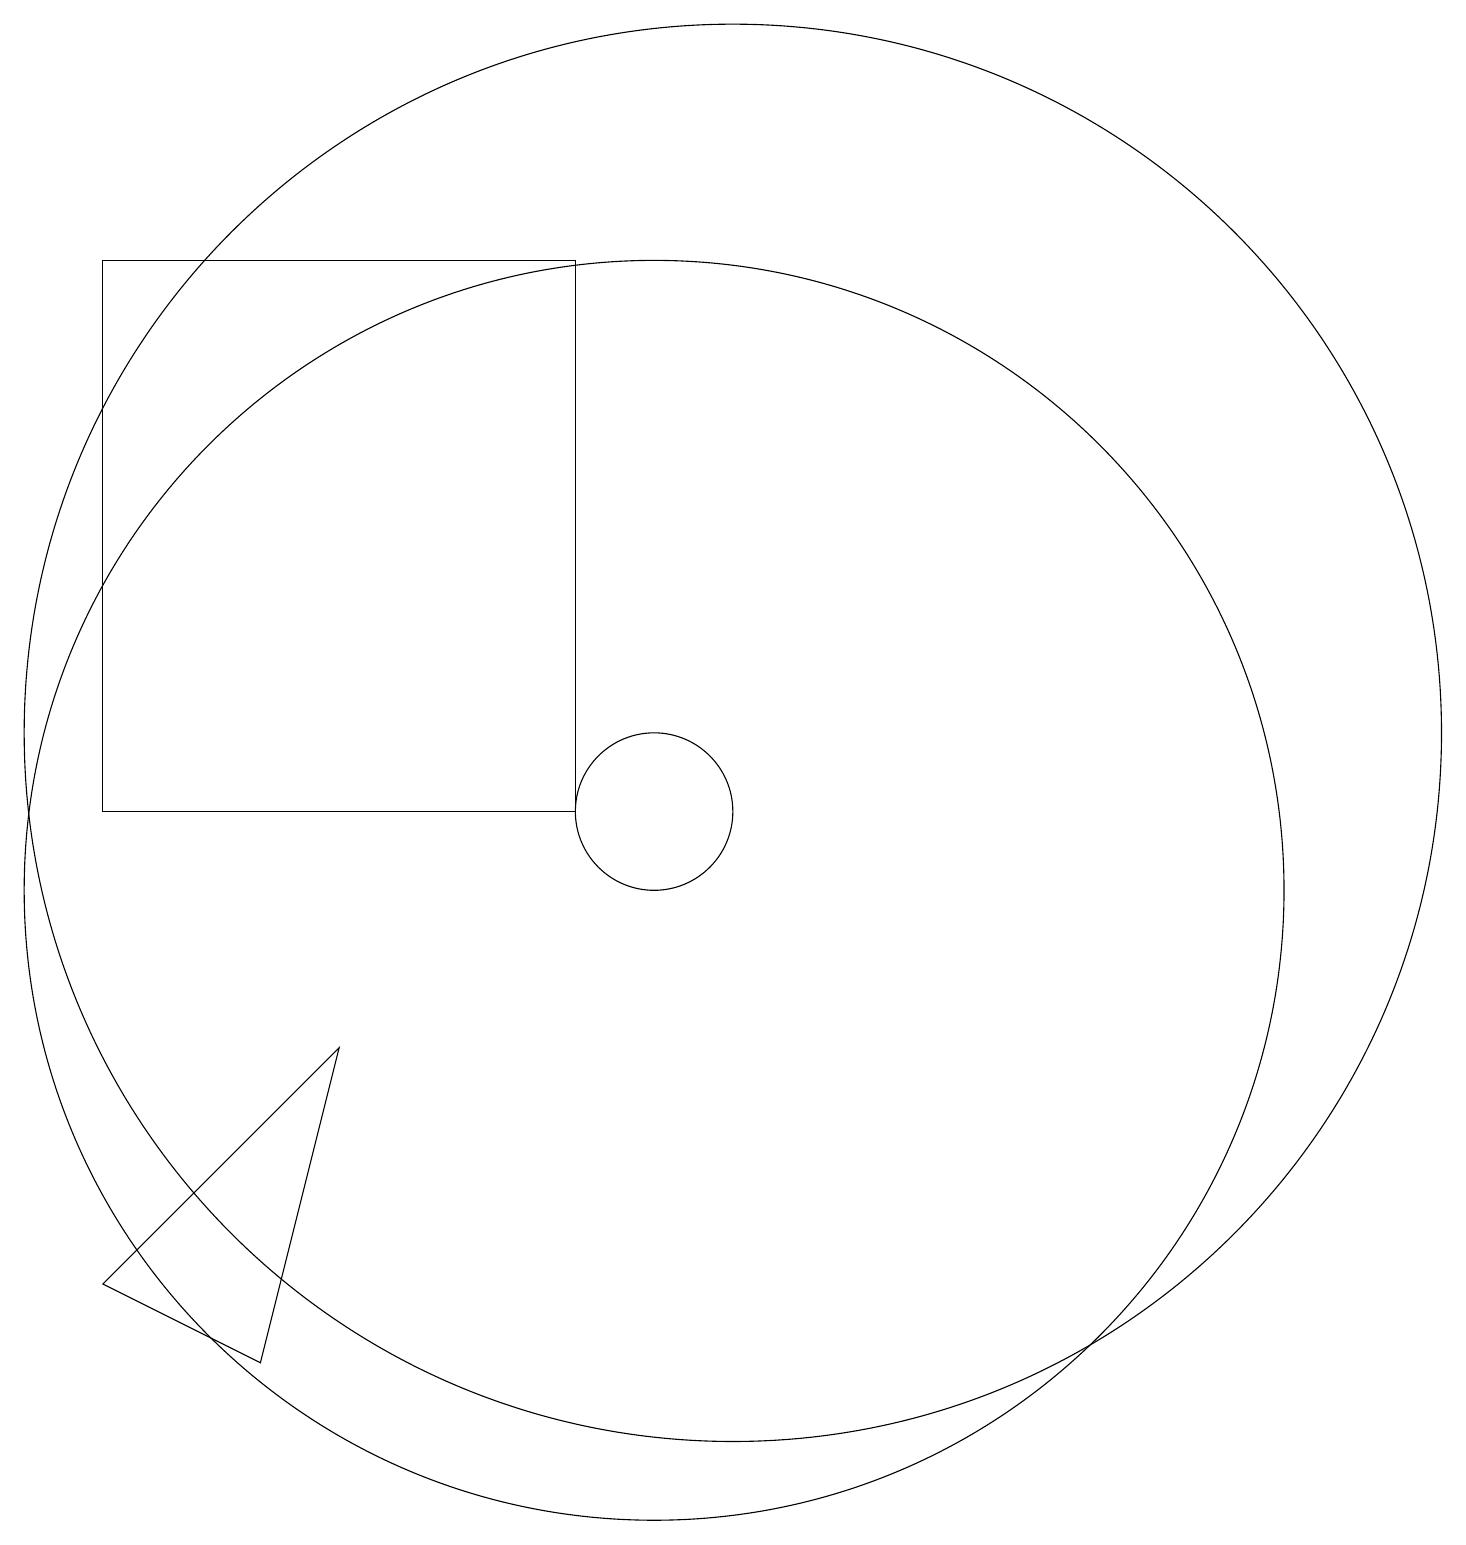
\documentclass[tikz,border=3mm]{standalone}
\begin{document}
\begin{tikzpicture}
\draw (11,12) circle (9);
\draw (10,10) circle (8);
\draw (5,4) -- (3,5) -- (6,8) -- cycle;
\draw (10,11) circle (1);
\draw (9,18) rectangle (3,11);
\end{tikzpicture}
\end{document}